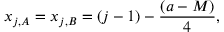
x _ { j , A } = x _ { j , B } = ( j - 1 ) - \frac { ( a - M ) } { 4 } ,